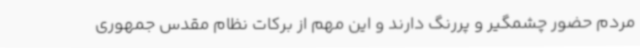
مردم حضور چشمگیر و پررنگ دارند و این مهم از برکات نظام مقدس جمهوری